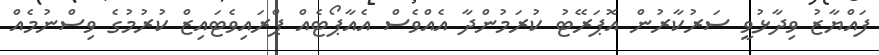
ފައްޔާޒު ވިދާޅުވީ ސަރުކާރުން އޮޕަރޭޓު ކުރަމުންދާ އެއްވެސް އެއާޕޯޓެއް ޕްރައިވެޓައިޒް ކުރުމުގެ ވިސްނުމެއް